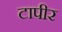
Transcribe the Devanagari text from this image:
टापीर